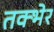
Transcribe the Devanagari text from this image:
तक्भेर